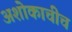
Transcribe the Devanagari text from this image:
अशोकाचीच